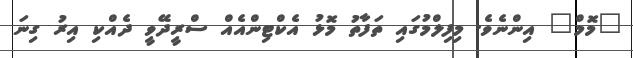
"މޮމް" އިންނެވެ. މިފިލްމުގައި ތަފާތު މޮޅު އެކްޓިންއެއް ސްރީދޭވީ ދެއްކި އިރު ގިނަ